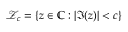
\mathcal { Z } _ { c } = \{ z \in \mathbb { C } : | \Im ( z ) | < c \}